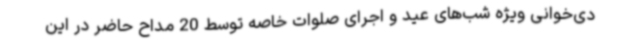
دی‌خوانی ویژه شب‌های عید و اجرای صلوات خاصه توسط 20 مداح حاضر در این